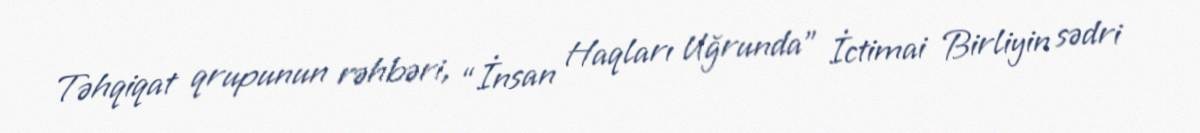
Təhqiqat qrupunun rəhbəri, “İnsan Haqları Uğrunda” İctimai Birliyin sədri